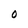
Character: O